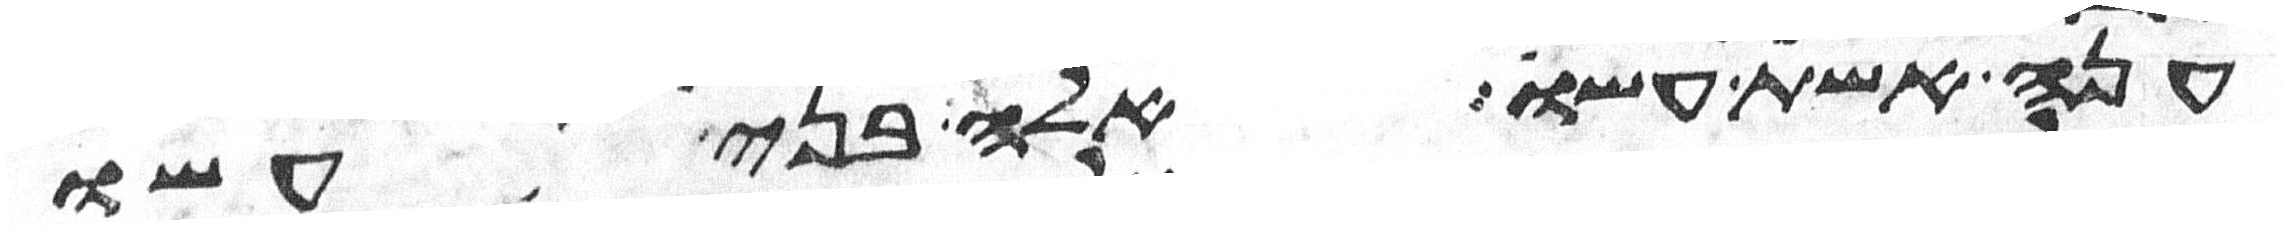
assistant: ענה אשת עשו אלה בני עשו